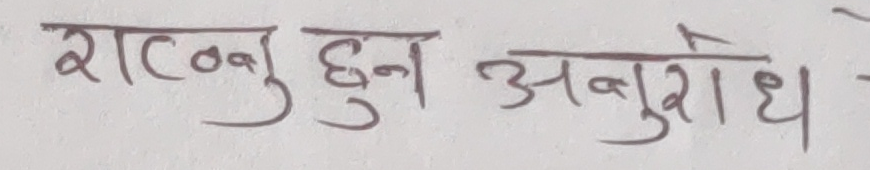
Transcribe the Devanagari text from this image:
राख्नु हुन अनुरोध